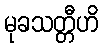
မုခသတ္တီဟိ